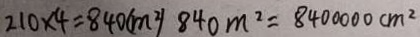
2 1 0 \times 4 = 8 4 0 ( m ^ { 2 } ) 8 4 0 m ^ { 2 } = 8 4 0 0 0 0 0 c m ^ { 2 }